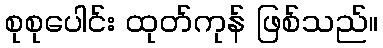
စုစုပေါင်း ထုတ်ကုန် ဖြစ်သည်။